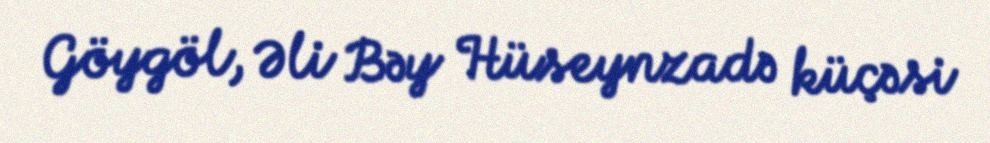
Göygöl, Əli Bəy Hüseynzadə küçəsi